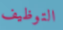
التوظيف